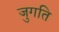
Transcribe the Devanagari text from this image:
जुगति